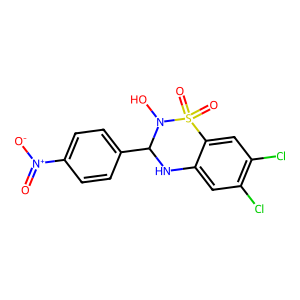
SMILES: O=[N+]([O-])c1ccc(C2Nc3cc(Cl)c(Cl)cc3S(=O)(=O)N2O)cc1
Inhibits HIV replication: No